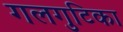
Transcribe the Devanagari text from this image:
गलगुटिका